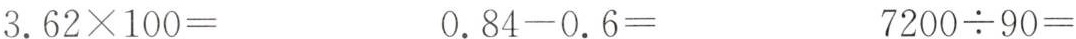
3.$$6 2 \times 1 0 0 =$$ $$0 . 8 4 - 0 . 6 =$$ $$7 2 0 0 {\div} 9 0 =$$